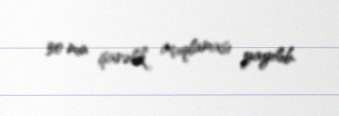
30 min işarəlik açıqlaması yayılıb.